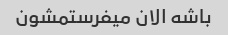
باشه الان میفرستمشون